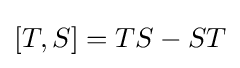
[T,S]=TS-ST